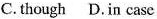
C.though D.In casc